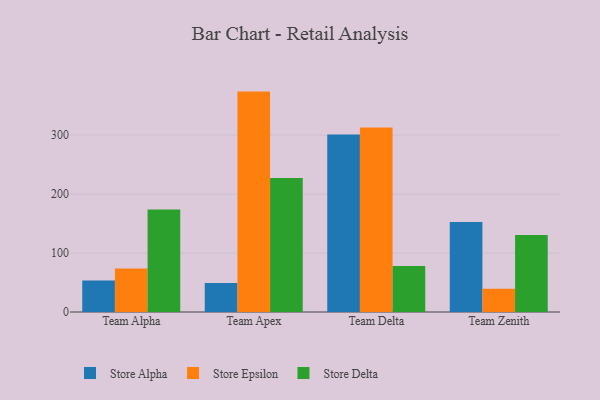
{"axis": {"x": "Team", "y": "Waste Production (Tons)"}, "legend": ["Store Alpha", "Store Delta", "Store Epsilon"], "data": [{"x": "Team Alpha", "y": 53.5, "type": "Store Alpha"}, {"x": "Team Alpha", "y": 73.6, "type": "Store Epsilon"}, {"x": "Team Alpha", "y": 173.7, "type": "Store Delta"}, {"x": "Team Apex", "y": 49.3, "type": "Store Alpha"}, {"x": "Team Apex", "y": 373.9, "type": "Store Epsilon"}, {"x": "Team Apex", "y": 227.5, "type": "Store Delta"}, {"x": "Team Delta", "y": 301.3, "type": "Store Alpha"}, {"x": "Team Delta", "y": 312.8, "type": "Store Epsilon"}, {"x": "Team Delta", "y": 78.2, "type": "Store Delta"}, {"x": "Team Zenith", "y": 152.7, "type": "Store Alpha"}, {"x": "Team Zenith", "y": 39.6, "type": "Store Epsilon"}, {"x": "Team Zenith", "y": 130.6, "type": "Store Delta"}]}